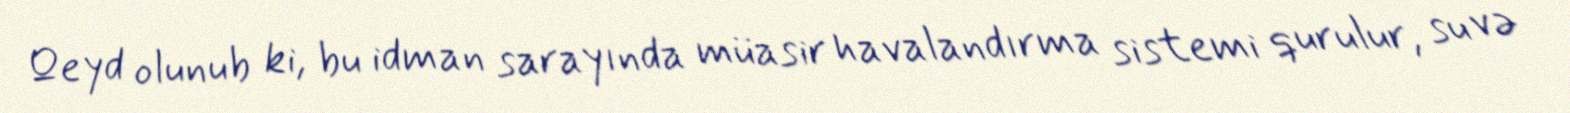
Qeyd olunub ki, bu idman sarayında müasir havalandırma sistemi qurulur, su və